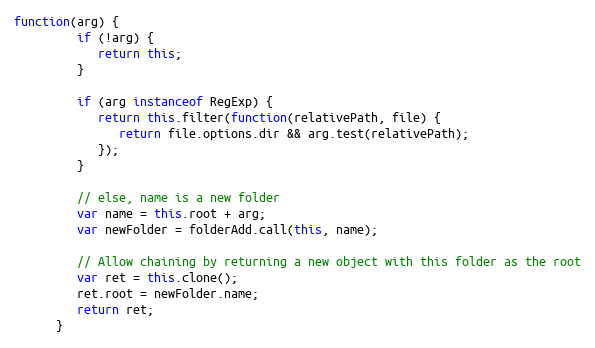
Language: JavaScript
function(arg) {
         if (!arg) {
            return this;
         }

         if (arg instanceof RegExp) {
            return this.filter(function(relativePath, file) {
               return file.options.dir && arg.test(relativePath);
            });
         }

         // else, name is a new folder
         var name = this.root + arg;
         var newFolder = folderAdd.call(this, name);

         // Allow chaining by returning a new object with this folder as the root
         var ret = this.clone();
         ret.root = newFolder.name;
         return ret;
      }